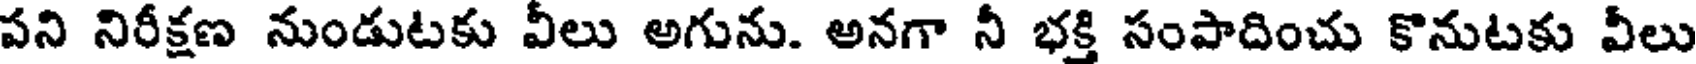
పని నిరీక్షణ నుండుటకు వీలు అగును. అనగా నీ భక్తి సంపాదించు కొనుటకు వీలు